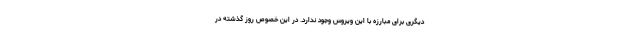
دیگری برای مبارزه با این ویروس وجود ندارد. در این خصوص روز گذشته در